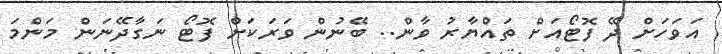
އަވަހަށް ދޭ ފޮޓޯއަށް ތައްޔާރު ވާން.. ބޭނުން ވަރަކަށް ފޮޓޯ ނަގާދޭނަން މަންމަ